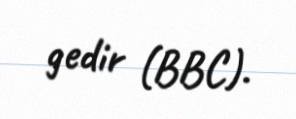
gedir (BBC).